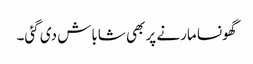
گھونسا مارنے پر بھی شاباش دی گئی۔